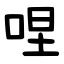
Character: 㖏